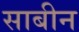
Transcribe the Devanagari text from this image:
साबीन